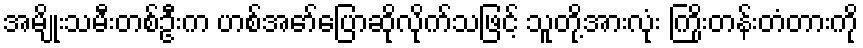
အမျိုးသမီးတစ်ဦးက ဟစ်အော်ပြောဆိုလိုက်သဖြင့် သူတို့အားလုံး ကြိုးတန်းတံတားကို